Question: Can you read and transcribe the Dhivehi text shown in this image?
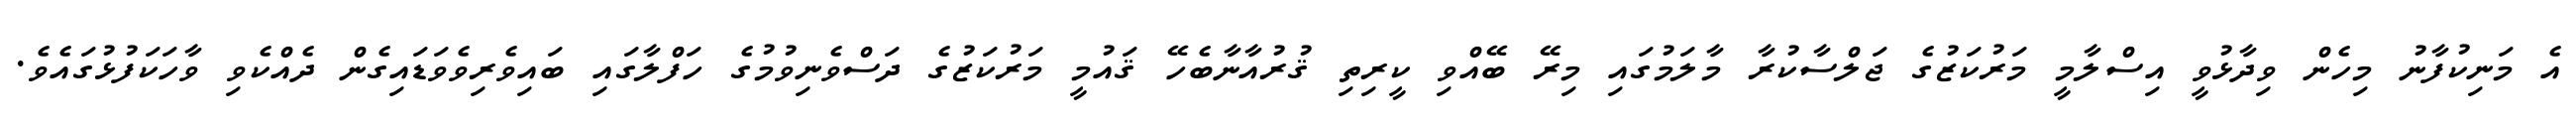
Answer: އެ މަނިކުފާނު މިހެން ވިދާޅުވީ އިސްލާމީ މަރުކަޒުގެ ޖަލްސާކުރާ މާލަމުގައި މިރޭ ބޭއްވި ކީރިތި ޤުރުއާނާބެހޭ ޤައުމީ މަރުކަޒުގެ ދަސްވެނިވުމުގެ ހަފްލާގައި ބައިވެރިވެވަޑައިގެން ދެއްކެވި ވާހަކަފުޅުގައެވެ.